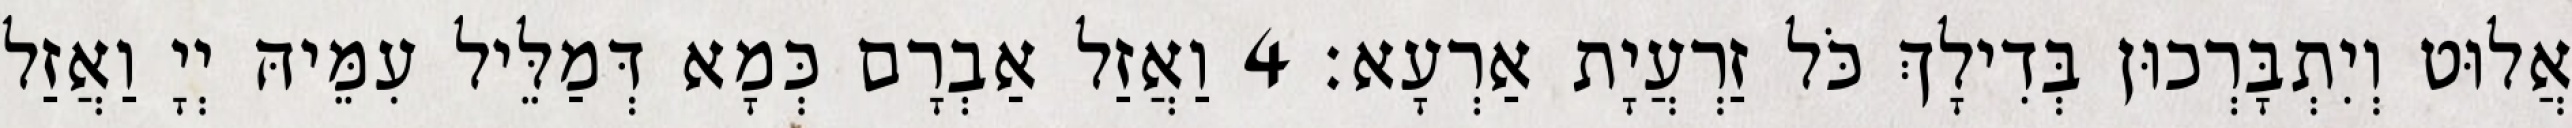
אֲלוּט וְיִתְבָּרְכוּן בְּדִילָךְ כֹּל זַרְעֲיָת אַרְעָא׃ 4 וַאֲזַל אַבְרָם כְּמָא דְּמַלֵּיל עִמֵּיהּ יְיָ וַאֲזַל